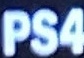
PS4